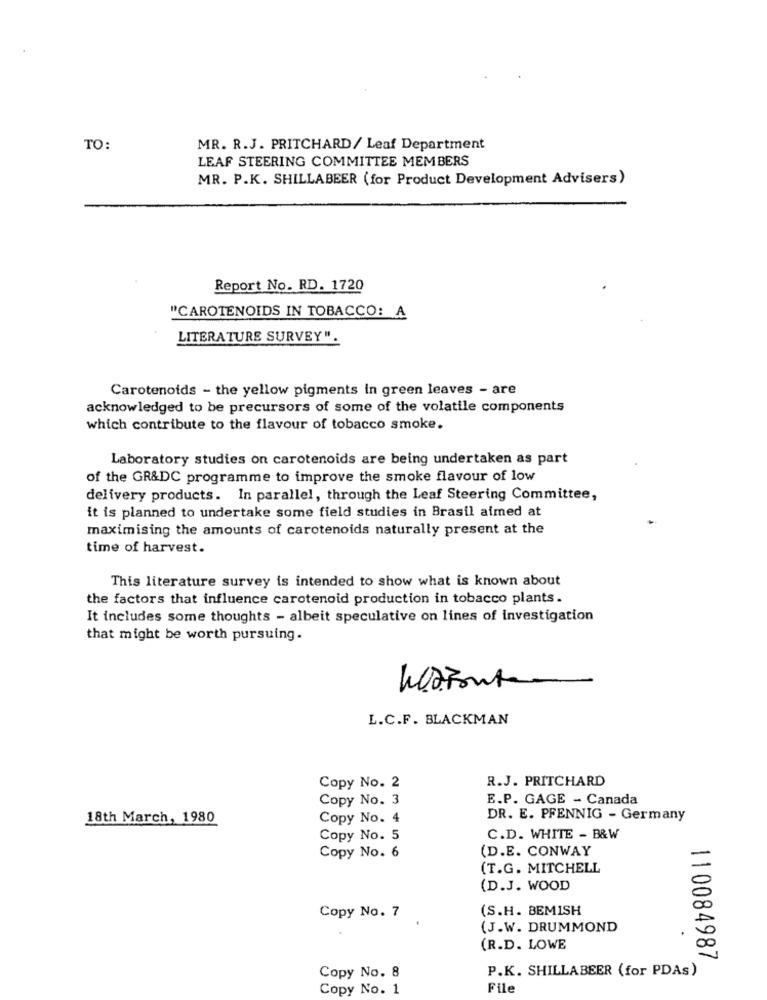
TO:
MR. R.J. PRITCHARD/ Leaf Department
LEAF STEERING COMMITTEE MEMBERS
MR. P.K. SHILLABEER (for Product Development Advisers)
Report No. RD. 1720
"CAROTENOIDS IN TOBACCO: A
LITERATURE SURVEY".
Carotenoids - the yellow pigments in green leaves - are
acknowledged to be precursors of some of the volatile components
which contribute to the flavour of tobacco smoke.
Laboratory studies on carotenoids are being undertaken as part
of the GR&DC programme to improve the smoke flavour of low
delivery products. In parallel, through the Leaf Steering Committee,
it is planned to undertake some field studies in Brasil aimed at
maximising the amounts of carotenoids naturally present at the
time of harvest.
This literature survey is intended to show what is known about
the factors that influence carotenoid production in tobacco plants.
It includes some thoughts - albeit speculative on lines of investigation
that might be worth pursuing.
L.C.F. BLACKMAN
R.J. PRITCHARD
Copy No. 2
Copy No. 3
E.P. GAGE - Canada
18th March, 1980
Copy No. 4
DR. E. PFENNIG - Germany
Copy No. 5
C.D. WHITE - B&W
(D.E. CONWAY
Copy No. 6
(T.G. MITCHELL
(D.J. WOOD
(S.H. BEMISH
Copy No. 7
(J.W. DRUMMOND
(R.D. LOWE
110084987
P.K. SHILLABEER (for PDAs)
Copy No. 8
Copy No. 1
File